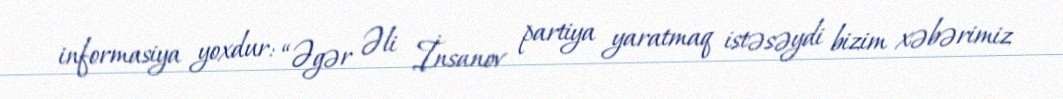
informasiya yoxdur: “Əgər Əli İnsanov partiya yaratmaq istəsəydi bizim xəbərimiz